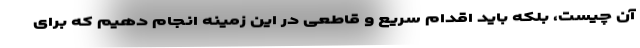
آن چیست، بلکه باید اقدام سریع و قاطعی در این زمینه انجام دهیم که برای